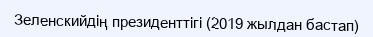
Зеленскийдің президенттігі (2019 жылдан бастап)